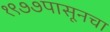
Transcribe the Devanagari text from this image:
१९७७पासूनचा